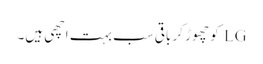
LG کو چھوڑ کر باقی سب بہت اچھی ہیں۔